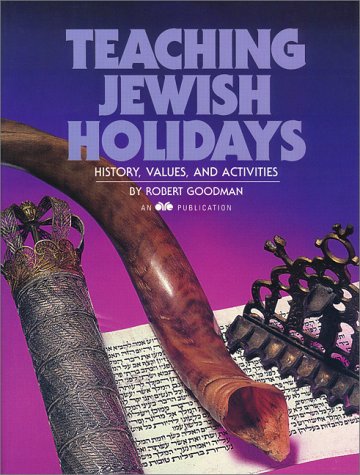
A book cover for Teaching Jewish Holidays: History, Values, And Activities; Robert Goodman; Religion & Spirituality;